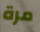
مرة